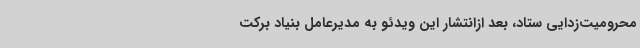
محرومیت‌زدایی ستاد، بعد ازانتشار این ویدئو به مدیرعامل بنیاد برکت